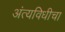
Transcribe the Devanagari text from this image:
अंत्यविधीचा